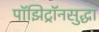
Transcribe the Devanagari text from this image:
पॉझिट्रॉनसुद्धा